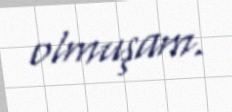
olmuşam.